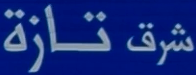
شرق تازة